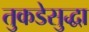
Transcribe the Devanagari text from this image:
तुकडेसुद्धा